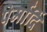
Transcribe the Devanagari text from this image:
पेर्मार्दि